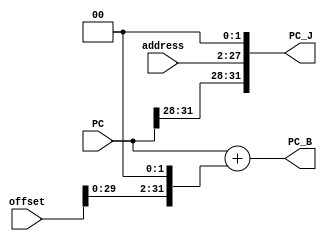
`timescale 1ns / 1ps
//////////////////////////////////////////////////////////////////////////////////
// Company: 
// Engineer: 
// 
// Design Name: 
// Module Name: PC_EX
// Project Name: 
// Target Devices: 
// Tool Versions: 
// Description: 
// 
// Dependencies: 
// 
// Revision:
// Revision 0.01 - File Created
// Additional Comments:
// 
//////////////////////////////////////////////////////////////////////////////////


module PC_EX(
    input [31: 0] PC,
    input [31: 0] offset, 
    input [25: 0] address,
    output reg [31:0] PC_J,
    output reg [31:0] PC_B
    );
    always@(*)
    begin
        PC_J <= {PC[31:28],address[25:0],2'b0 };
        PC_B <= PC+{offset[29:0],2'b0};
    end
endmodule